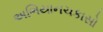
અભિયાનચકાસો